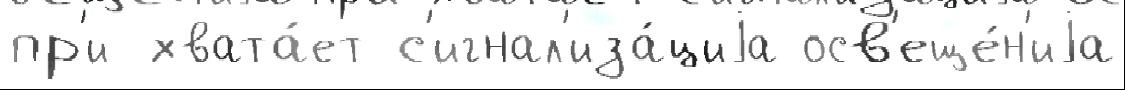
пр'и хвата́ет с'игнал'иза́циjа осв'еще́н'иjа